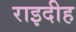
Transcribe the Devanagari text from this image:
राइदीह